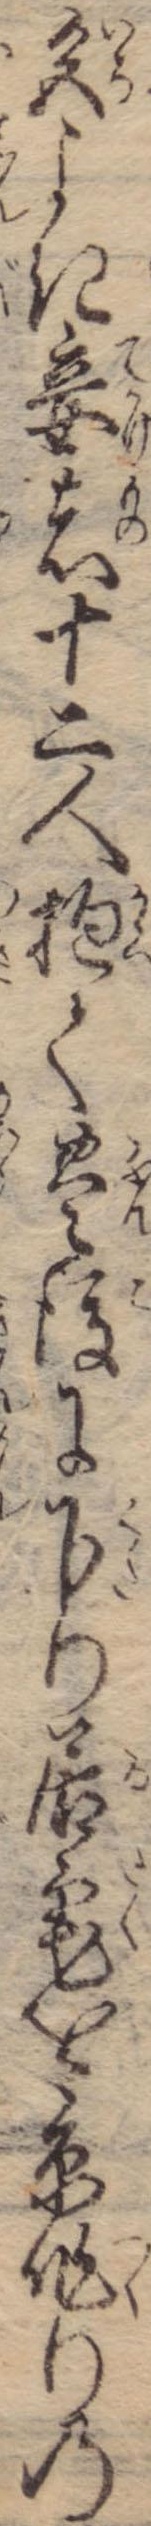
色よき妾者十二人抱て豊後に下り居宅を京作りの